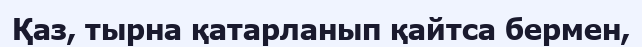
Қаз, тырна қатарланып қайтса бермен,